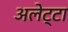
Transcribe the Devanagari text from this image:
अलेट्टा